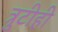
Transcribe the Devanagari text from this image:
त्रुटीही